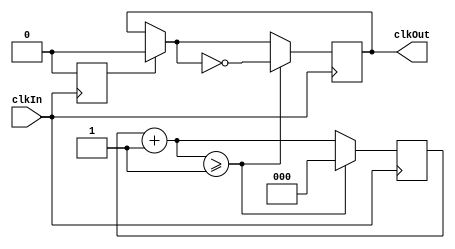
module clkDiv(
    input clkIn,
    output clkOut
    );
    
    reg clkOut;
    
    reg [2:0] counter = 0;
    parameter DIVISOR = 1;
    reg first = 1'b1;
    
    always @ (posedge clkIn)
    begin
        counter =  counter + 1;
        if(first) begin
            clkOut = 1'b0;
            first = 1'b0;
        end
        if (counter>=DIVISOR)begin
            clkOut =~clkOut;
            counter = 0;
        end
    end
    
    
endmodule